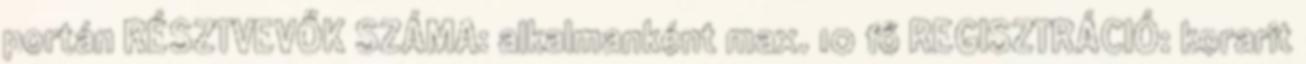
portán RÉSZTVEVŐK SZÁMA: alkalmanként max. 10 fő REGISZTRÁCIÓ: korarit